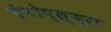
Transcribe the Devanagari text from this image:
ऐनोप्ल्यूरा